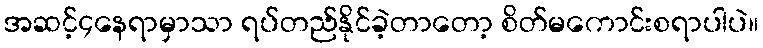
အဆင့်၄နေရာမှာသာ ရပ်တည်နိုင်ခဲ့တာတော့ စိတ်မကောင်းစရာပါပဲ။